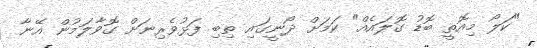
"ކަލޯ މިއޮތީ ބޮޑު ގޮލައެއް" ކަމަށް ދޯނީގައި ތިބި ފަޅުވެރިނަށް ގޮވާލަމުން އޭނާ